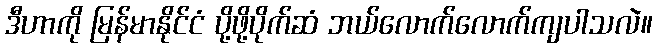
ဒီဟာကို မြန်မာနိုင်ငံ ပို့ဖို့ပိုက်ဆံ ဘယ်လောက်လောက်ကျပါသလဲ။